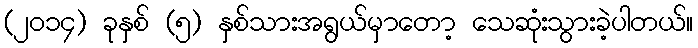
(၂၀၁၄) ခုနှစ် (၅) နှစ်သားအရွယ်မှာတော့ သေဆုံးသွားခဲ့ပါတယ်။